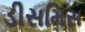
ડીસમિસ